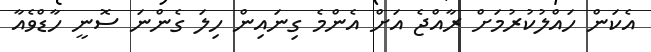
އެކަން ހައްލުކުރުމަށް ރާއްޖެ އަށް އެންމެ ގިނައިން ހިލަ ގެންނަ ސޮނީ ހާޑްވެއާ